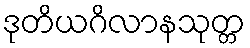
ဒုတိယဂိလာနသုတ္တ